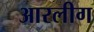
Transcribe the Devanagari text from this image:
आरलीग